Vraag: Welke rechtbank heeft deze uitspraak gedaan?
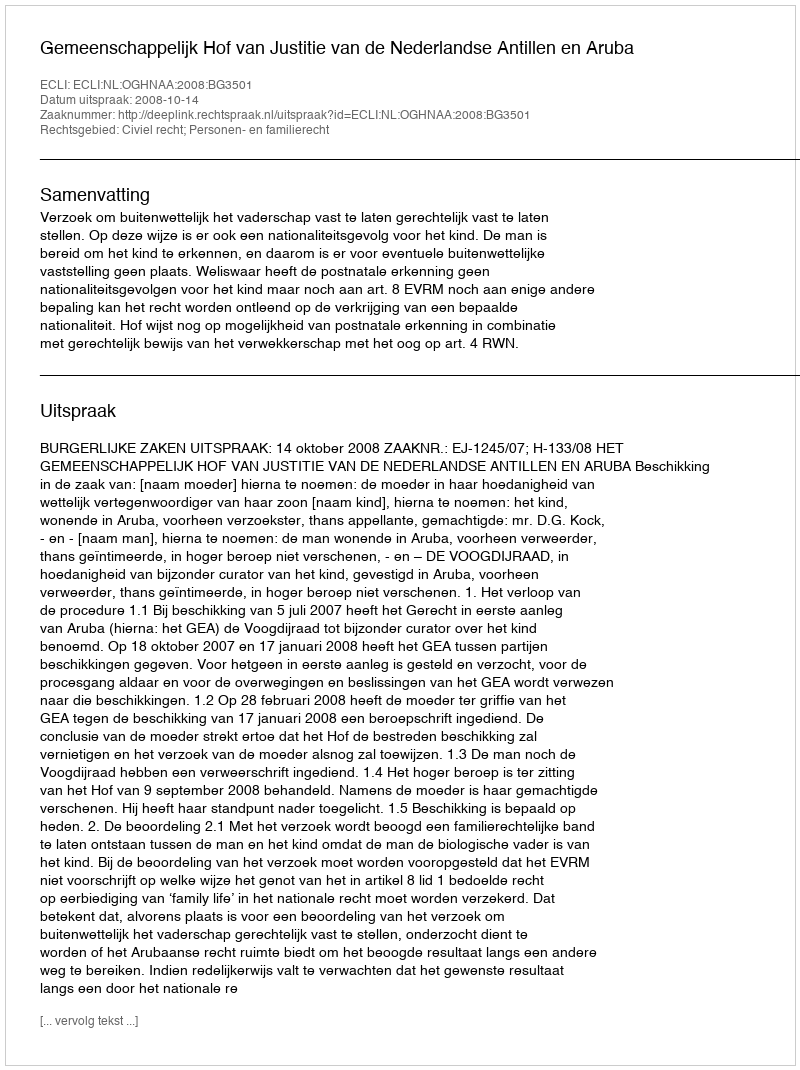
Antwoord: Gemeenschappelijk Hof van Justitie van de Nederlandse Antillen en Aruba